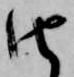
由